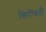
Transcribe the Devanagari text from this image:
किरीबती